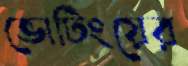
ভোটিংয়ের